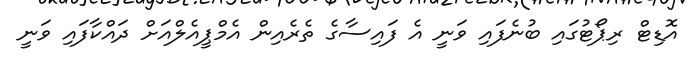
އޮޑިޓް ރިޕޯޓުގައި ބުނެފައި ވަނީ އެ ފައިސާގެ ތެރެއިން އެމްޕީއެލްއަށް ދައްކާފައި ވަނީ